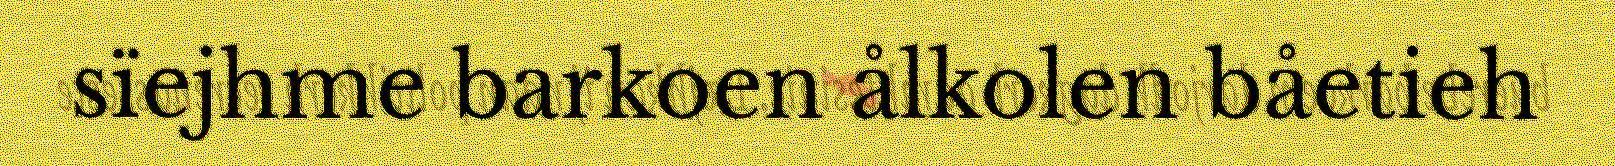
sïejhme barkoen ålkolen båetieh